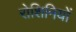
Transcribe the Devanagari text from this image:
रोशिनियों